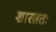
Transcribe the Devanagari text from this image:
शास्त्रतः